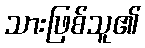
သားဖြစ်သူ၏